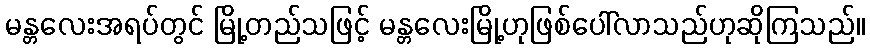
မန္တလေးအရပ်တွင် မြို့တည်သဖြင့် မန္တလေးမြို့ဟုဖြစ်ပေါ်လာသည်ဟုဆိုကြသည်။